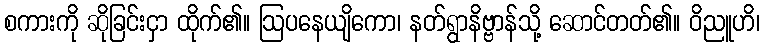
စကားကို ဆိုခြင်းငှာ ထိုက်၏။ ဩပနေယျိကော၊ နတ်ရွာနိဗ္ဗာန်သို့ ဆောင်တတ်၏။ ဝိညူဟိ၊